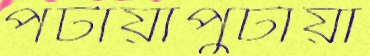
পটায়াপুটায়া